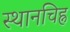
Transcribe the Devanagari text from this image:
स्थानचिह्न